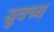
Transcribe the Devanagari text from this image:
सुवच्य